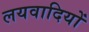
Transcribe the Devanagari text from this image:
लयवादियों